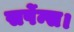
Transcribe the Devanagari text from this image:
सर्पेन्स।